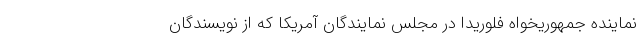
نماینده جمهوریخواه فلوریدا در مجلس نمایندگان آمریکا که از نویسندگان